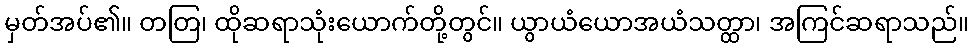
မှတ်အပ်၏။ တတြ၊ ထိုဆရာသုံးယောက်တို့တွင်။ ယွာယံယောအယံသတ္ထာ၊ အကြင်ဆရာသည်။